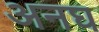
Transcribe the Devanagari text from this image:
अनघ